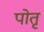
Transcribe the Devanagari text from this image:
पोतृ